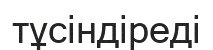
тұсіндіреді